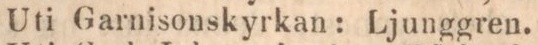
Uti Garnisonskyrkan: Ljunggren.